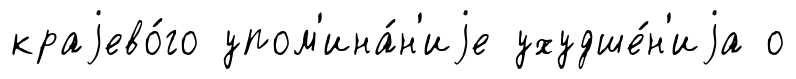
краjево́го упом'ина́н'иjе ухудше́н'иjа о